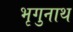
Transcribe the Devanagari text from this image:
भृगुनाथ